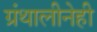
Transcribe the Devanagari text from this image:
ग्रंथालीनेही